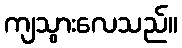
ကျသွားလေသည်။